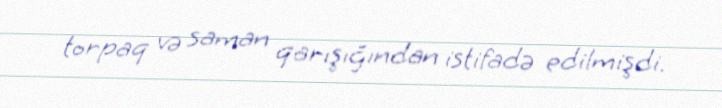
torpaq və saman qarışığından istifadə edilmişdi.